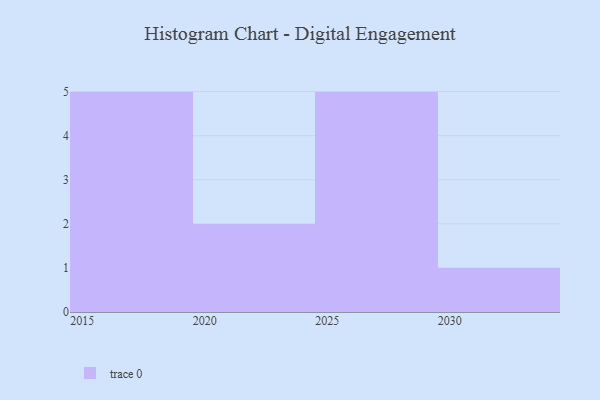
{"axis": {"x": "Year", "y": "Shipments"}, "legend": [""], "data": [{"x": "2025", "y": 78, "type": ""}, {"x": "2028", "y": 49, "type": ""}, {"x": "2019", "y": 73, "type": ""}, {"x": "2017", "y": 64, "type": ""}, {"x": "2015", "y": 42, "type": ""}, {"x": "2016", "y": 59, "type": ""}, {"x": "2027", "y": 77, "type": ""}, {"x": "2023", "y": 22, "type": ""}, {"x": "2030", "y": 88, "type": ""}, {"x": "2018", "y": 42, "type": ""}, {"x": "2026", "y": 3, "type": ""}, {"x": "2029", "y": 17, "type": ""}, {"x": "2024", "y": 32, "type": ""}]}